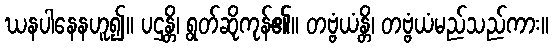
ဃနပါနေနဟူ၍။ ပဌန္တိ၊ ရွတ်ဆိုကုန်၏။ တဗ္ဗံယံန္တိ၊ တဗ္ဗံယံမည်သည်ကား။